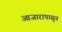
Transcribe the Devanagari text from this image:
आजारापासून